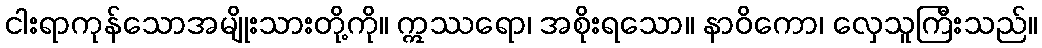
ငါးရာကုန်သောအမျိုးသားတို့ကို။ ဣဿရော၊ အစိုးရသော။ နာဝိကော၊ လှေသူကြီးသည်။